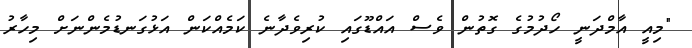
"މިއީ އާމްދަނީ ހޯދުމުގެ ގޮތުން ވެސް އައްޑޫގައި ކުރިވެދާނެ ކަމެއްކަން އަޅުގަނޑުމެންނަށް މިހާރު